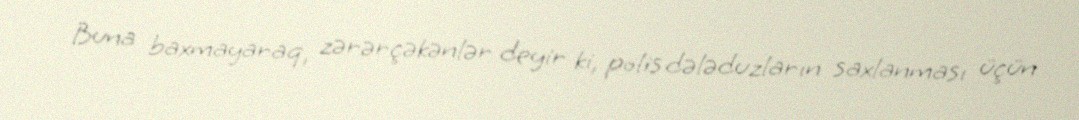
Buna baxmayaraq, zərərçəkənlər deyir ki, polis dələduzların saxlanması üçün